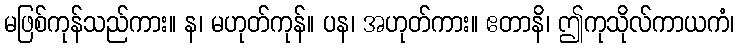
မဖြစ်ကုန်သည်ကား။ န၊ မဟုတ်ကုန်။ ပန၊ အဟုတ်ကား။ ဧတာနိ၊ ဤကုသိုလ်ကာယကံ၊